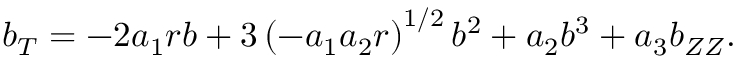
b _ { T } = - 2 a _ { 1 } r b + 3 \left( - a _ { 1 } a _ { 2 } r \right) ^ { 1 / 2 } b ^ { 2 } + a _ { 2 } b ^ { 3 } + a _ { 3 } b _ { Z Z } .